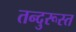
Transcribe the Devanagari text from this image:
तन्दुरूस्त